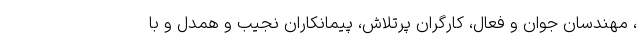
، مهندسان جوان و فعال، کارگران پرتلاش، پیمانکاران نجیب و همدل و با